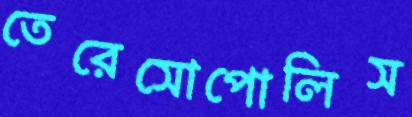
তেরেসোপোলিস